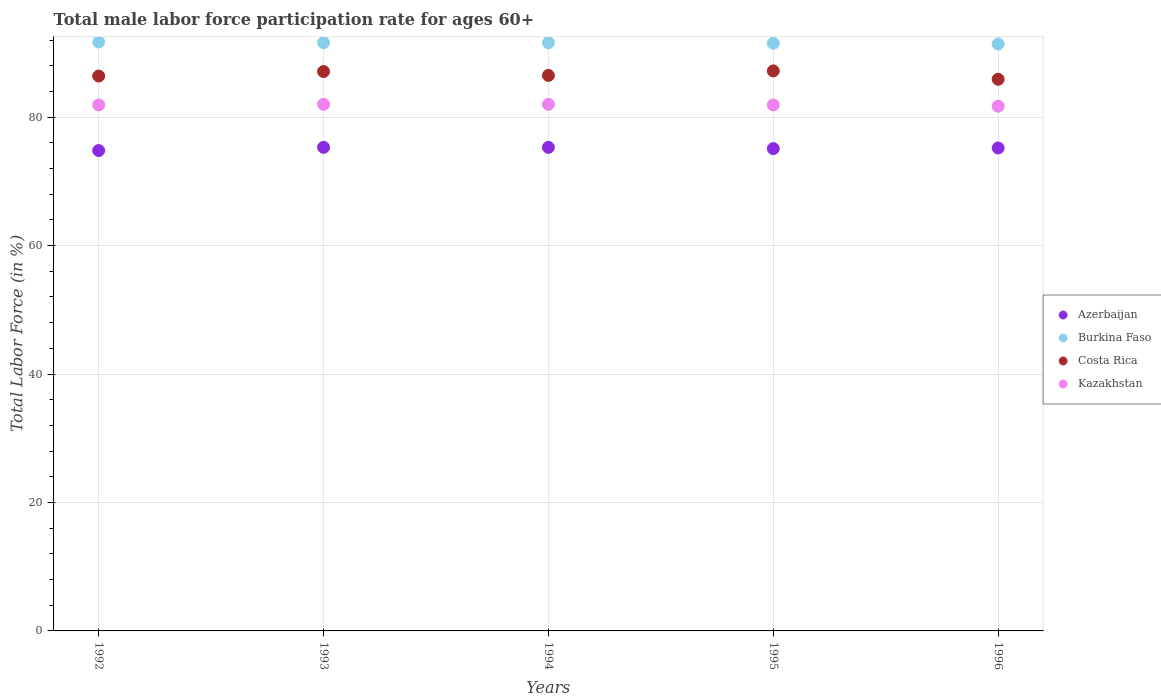
| Years | Azerbaijan | Burkina Faso | Costa Rica | Kazakhstan |
 | --- | --- | --- | --- | --- |
 | 1992 | 74.8 | 91.7 | 86.4 | 81.9 |
 | 1993 | 75.3 | 91.6 | 87.1 | 82 |
 | 1994 | 75.3 | 91.6 | 86.5 | 82 |
 | 1995 | 75.1 | 91.5 | 87.2 | 81.9 |
 | 1996 | 75.2 | 91.4 | 85.9 | 81.7 |